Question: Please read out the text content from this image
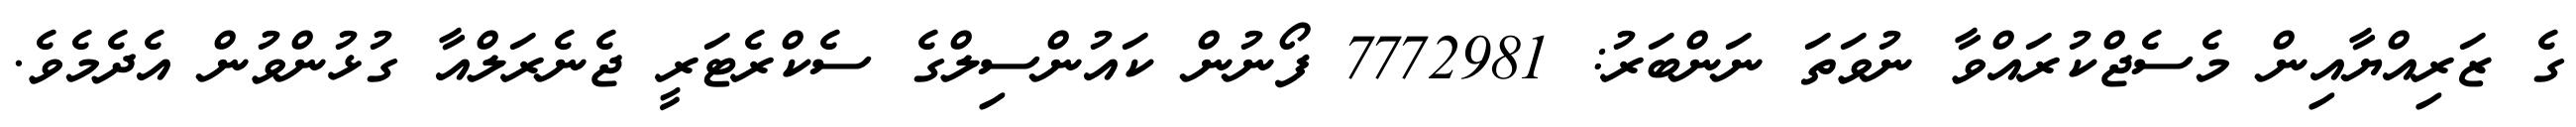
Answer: ގެ ޒަރިއްޔާއިން މެސެޖްކުރައްވާ ނުވަތަ ނަންބަރު: 7772981 ފޯނުން ކައުންސިލްގެ ސެކްރެޓަރީ ޖެނެރަލްއާ ގުޅުންވުން އެދެމެވެ.